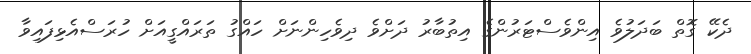
ދެކޭ ގޮތް ބަދަލުވެ އިންވެސްޓަރުންގެ އިތުބާރު ދަށްވެ ދިވެހިންނަށް ހައްގު ތަރައްގީއަށް ހުރަސްއެޅިފައިވާ